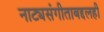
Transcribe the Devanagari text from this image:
नाट्यसंगीताबद्दलही